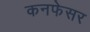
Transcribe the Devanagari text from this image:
कनफेसर